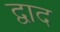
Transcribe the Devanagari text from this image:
द्वाद